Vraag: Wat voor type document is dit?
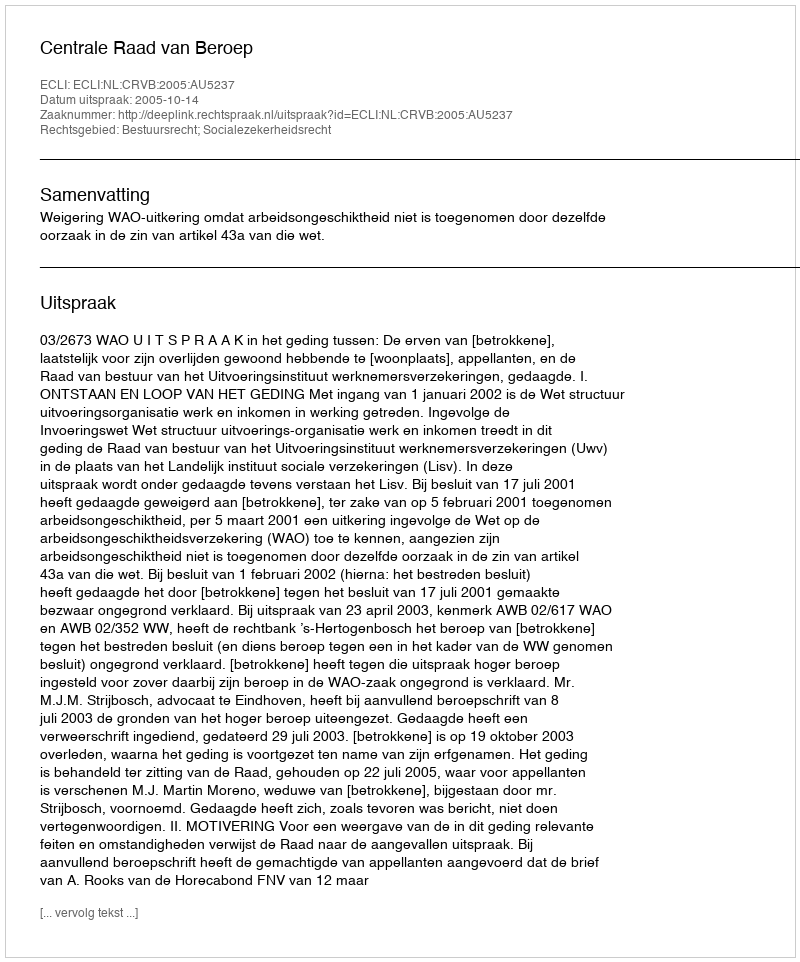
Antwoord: Uitspraak